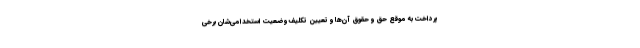
پرداخت به موقع حق و حقوق آن‌ها و تعیین تکلیف وضعیت استخدامی‌شان برخی